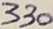
Text: 330